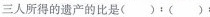
三人所得的遗产的比是( )：( )：